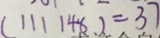
( 1 1 1 1 4 8 ) = 3 7